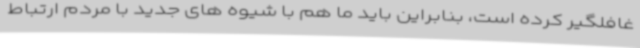
غافلگیر کرده است، بنابراین باید ما هم با شیوه های جدید با مردم ارتباط